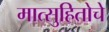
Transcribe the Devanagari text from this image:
मात्सुहितोचे